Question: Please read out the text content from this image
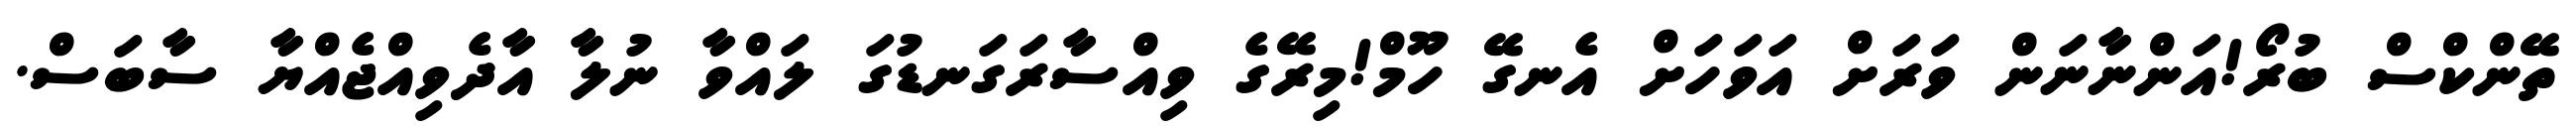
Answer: ތޭންކްސް ބުރޯ!އަންނާނަން ވަރަށް އަވަހަށް އެނގޭ ހޫމް!މިރޭގެ ވިއްސާރަގަނޑުގަ ލައްވާ ނުލާ އާދެވިއްޖެއްޔާ ސާބަސް.